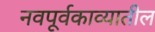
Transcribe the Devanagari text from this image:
नवपूर्वकाव्यातील